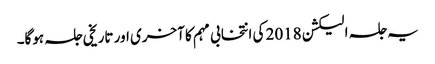
یہ جلسہ الیکشن 2018 کی انتخابی مہم کا آخری اور تاریخی جلسہ ہوگا۔